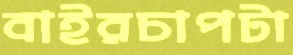
বাইরচাপটা